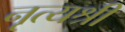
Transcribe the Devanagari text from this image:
नृत्यश्री